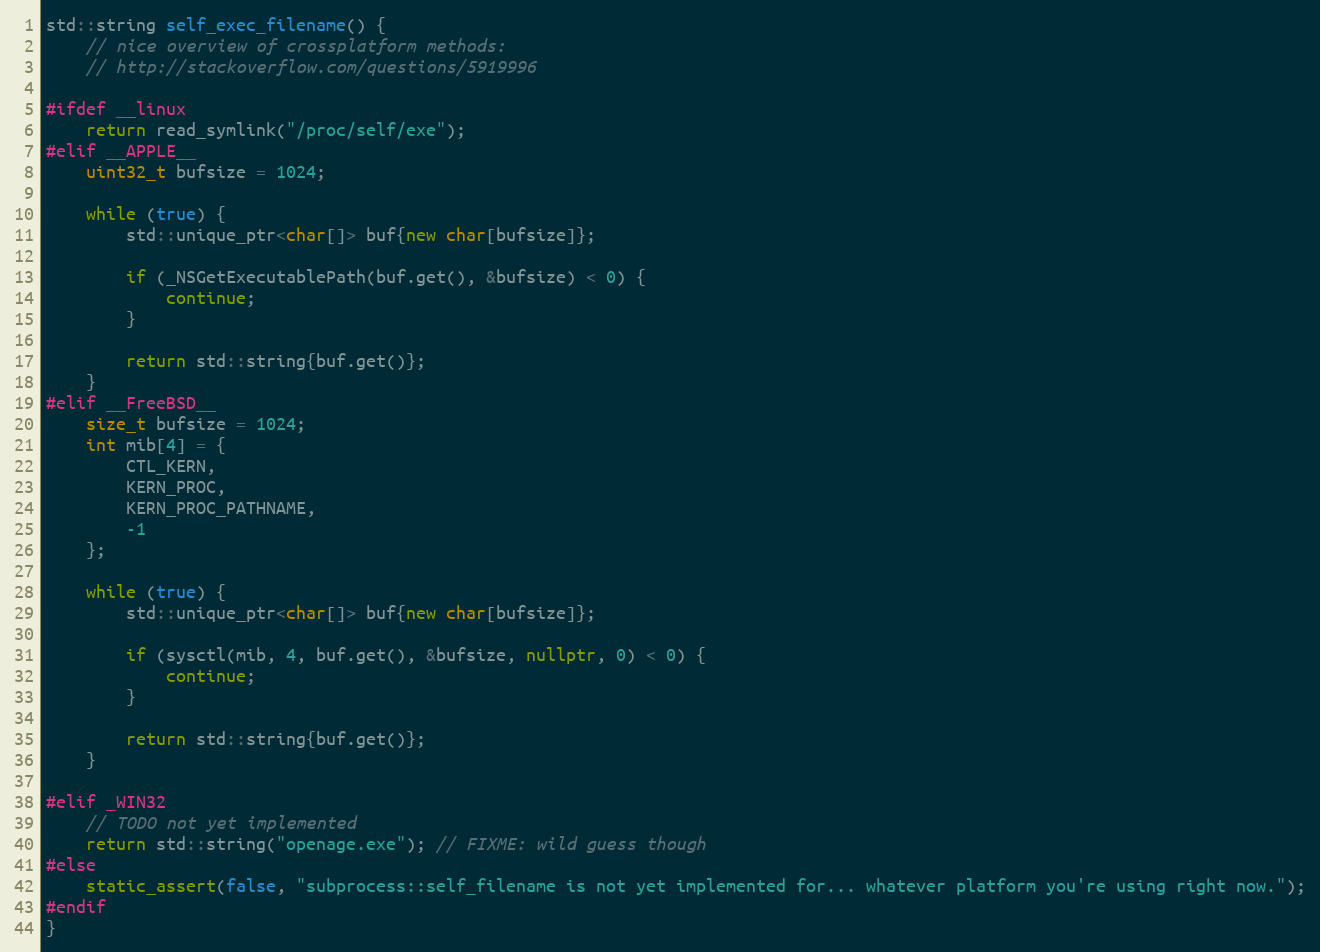
Language: C++
std::string self_exec_filename() {
	// nice overview of crossplatform methods:
	// http://stackoverflow.com/questions/5919996

#ifdef __linux
	return read_symlink("/proc/self/exe");
#elif __APPLE__
	uint32_t bufsize = 1024;

	while (true) {
		std::unique_ptr<char[]> buf{new char[bufsize]};

		if (_NSGetExecutablePath(buf.get(), &bufsize) < 0) {
			continue;
		}

		return std::string{buf.get()};
	}
#elif __FreeBSD__
	size_t bufsize = 1024;
	int mib[4] = {
		CTL_KERN,
		KERN_PROC,
		KERN_PROC_PATHNAME,
		-1
	};

	while (true) {
		std::unique_ptr<char[]> buf{new char[bufsize]};

		if (sysctl(mib, 4, buf.get(), &bufsize, nullptr, 0) < 0) {
			continue;
		}

		return std::string{buf.get()};
	}

#elif _WIN32
	// TODO not yet implemented
	return std::string("openage.exe"); // FIXME: wild guess though
#else
	static_assert(false, "subprocess::self_filename is not yet implemented for... whatever platform you're using right now.");
#endif
}